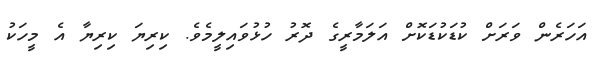
އަހަރެން ވަރަށް ކުޑަކުޑަކޮށް އަލަމާރީގެ ދޮރު ހުޅުވައިލީމެވެ. ކިރިޔަ ކިރިޔާ އެ މީހަކު